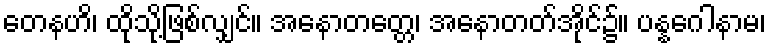
တေနဟိ၊ ထိုသို့ဖြစ်လျှင်။ အနောတတ္တေ၊ အနောတတ်အိုင်၌။ ပန္နဂေါနာမ၊